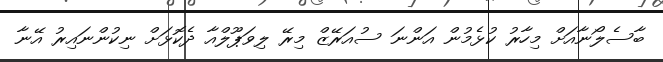
ބާސެލޯނާއަށް މިހާރު ކުޅެމުން އަންނަ ސުއަރޭޒް މިރޭ ލިވަޕޫލްއާ ދެކޮޅަށް ނިކުންނައިރު އޭނާ